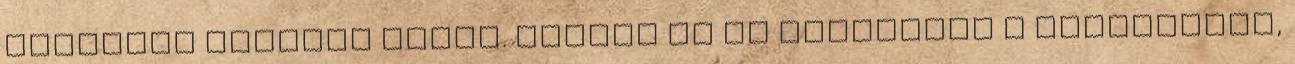
távoznia kellett volna. Ezután ki is éleződött a viszonyunk,